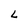
Character: L